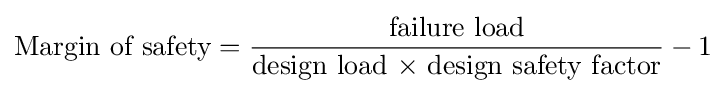
{\text{Margin of safety}}={\frac {\text{failure load}}{\text{design load × design safety factor}}}-1